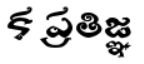
క ప్రతిజ్ఞ